Report of the King Institute of Preventive Medicine, Guindy
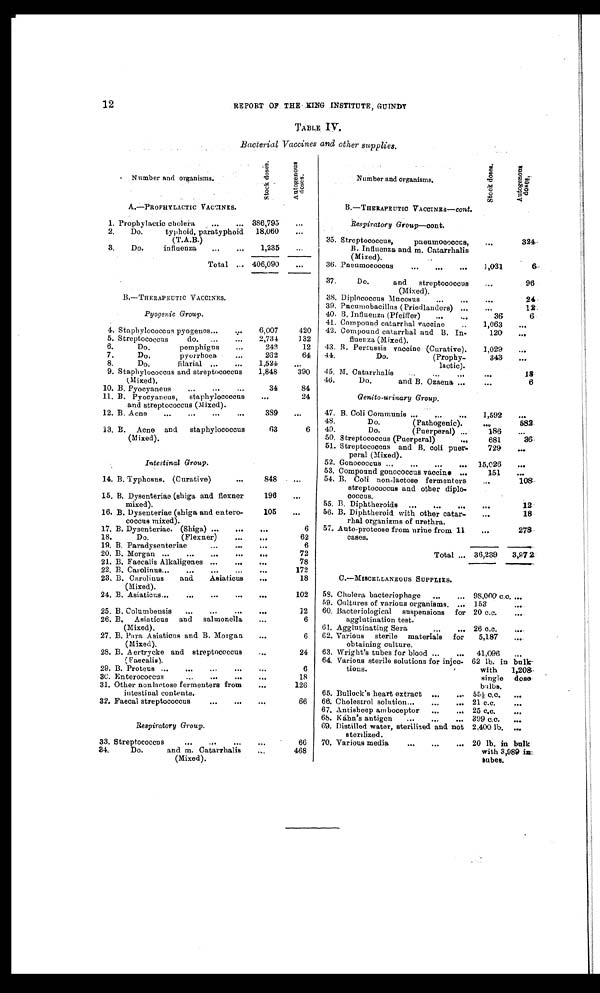
12
REPORT OF THE KING INSTITUTE, GUINDY
TABLE IV.
Bacterial Vaccines and other supplies.
Number and organisms.
S t o c k d o s e s
A u t o g e n e o u s d o s e s
Number and organisms.
S t o c k d o s e s
A u t o g e n e o u s d o s e s
A.—PROPHYLACTIC VACCINES.
B.—THERAPEUTIC VACCINES— cont.
1. Prophylactic cholera
386,795
Respiratory Group—cont.
2.
Do. typhoid, paratyphoid
(T.A.B.)
18,060
35. Streptococcus, pneumococcus,
B. Influenza and m. Catarrhalis
(Mixed),
324
3.
Do, influenza
1,235
Total
406,090
36. Pneumococcus
1,031
6
37.
Do. and streptococcus
(Mixed).
96
B.—THERAPEUTIC VACCINES.
38. Diplococcus Mucosus
24
Pyogenic Group.
39. Pneumobacillus (Priedlanders)
12
40. B. Influenza (Pfeiffer)
36
6
41. Compound catarrhal vaccine
1,063
4. Staphylococcus pyogenes
6,007
420
42. Compound catarrhal and B. In
fluenza (Mixed).
120
5. Streptococcus do
2,734
132
6.
Do. pemphigus
242
12
43. B. Percussis vaccine (Curative).
1,029
7.
Do. pyorrhoea
262
64
44.
Do. (Prophy
lactic).
343
8.
Do. filarial
1,524
9. Staphylococcus and streptococcus
(Mixed).
1,848
390
45. M, Catarrhalis
18
46.
Do. and B. Ozaena
6
10. B. Pyocyaneus
34
84
Genito-urinary Group
11. B. Pyocyaneus, staphylococcus
and streptococcus (Mixed).
24
12. B. Acne
389
47. B. Coli Communis
1,592
48.
Do. (Pathogenic).
582
13. B. Acne and staphylococcus
(Mixed).
63
6
49.
Do. (Puerperal)
18
50. Streptococcus (Puerperal)
681
36
51. Streptococcus and B. coli puer
peral (Mixed).
729
Intestinal Group.
52. Gonococcus
15,026
53. Compound gonococcus vaccine
151
14. B. Typhosus. (Curative)
848
54. B. Coli non-lactose fermenters
streptococcus and other diplo
coccus.
108
15. B. Dysenteriae (shiga and flexner
mixed).
196
55. B. Diphtheroids
12
16. B. Dysenteriae (shiga and entero
coccus mixed).
105
56. B. Diphtheroid with other catar
rhal organizms of urethra.
18
17. B. Dysenteriae. (Shiga)
6
57. Auto-proteose from urine from 11
cases.
278
18.
Do. (Flexner)
62
19. B. Paradysenteriae
6
20. B. Morgan
72
Total
36,239
3,97 2
21. B. Faecalis Alkaligenes
78
22. B. Carolinus
172
C.—MISCELLANEOUS SUPPLIES.
23. B. Carolinus and Asiaticus
(Mixed).
18
24. B. Asiaticus
102
58. Cholera bacteriophage
98,000 c.c.
59. Cultures of various organisms.
153
25. B. Columbensis
12
60. Bacteriological suspensions for
agglutination test.
20 c.c.
26. B. Asiaticus and salmonella
(Mixed).
6
61. Agglutinating Sera
26 c.c.
27. B. Para Asiaticus and B. Morgan
(Mixed).
6
62. Various sterile materials for
obtaining culture.
5,187
28. B. Aertrycke and streptococcus
(Faecalis).
24
63. Wright’s tubes for blood
41,096
64. Various sterile solutions for injec
tions.
62 lb. in bulk
with 1,208
single dose
bulbs.
29. B. Proteus
6
30. Enterococcus
18
31. Other nonlactose fermenters from
intestinal contents.
126
65. Bullock’s heart extract
55½ c.c.
32. Faecal streptococcus
66
66. Cholestrol solution
21 c.c.
Respiratory Group.
67. Antisheep amboceptor
25 c.c.
68. Kahn’s antigen
399 c.c.
69. Distilled water, sterilized and not
sterilized.
2,400 lb.
33. Streptococcus
66
70. Various media
20 lb. in bulk
with 3,989 in tubes
34.
Do. and m. Catarrhalis
(Mixed).
468